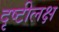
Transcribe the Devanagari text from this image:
दृष्टीलक्ष